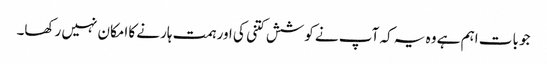
جو بات اہم ہے وہ یہ کہ آپ نے کوشش کتنی کی اور ہمت ہارنے کا امکان نہیں رکھا۔